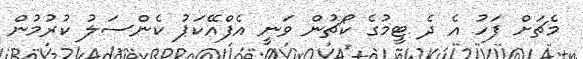
މެޗަށް ފަހު އެ ދެ ޓީމުގެ ކޯޗުން ވަނީ އެފްއޭކަޕު ކެންސަލު ކުރުމުން